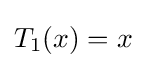
T_{1}(x)=x